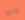
كان